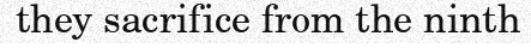
they sacrifice from the ninth